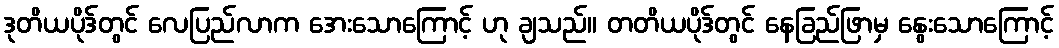
ဒုတိယပိုဒ်တွင် လေပြည်လာက အေးသောကြောင့် ဟု ချသည်။ တတိယပိုဒ်တွင် နေခြည်ဖြာမှ နွေးသောကြောင့်